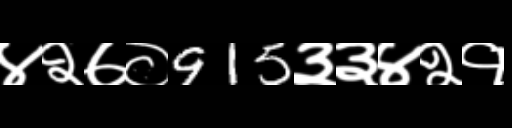
Text: ४२७०915३३४२१